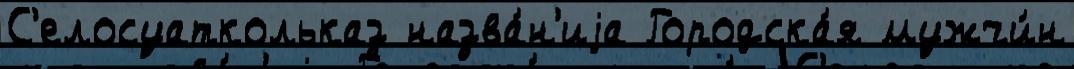
С'елосуаткольказ назва́н'иjа Городска́я мужчи́н